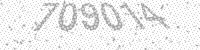
Solution: 709014